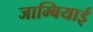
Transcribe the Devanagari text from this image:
जाम्बियाई